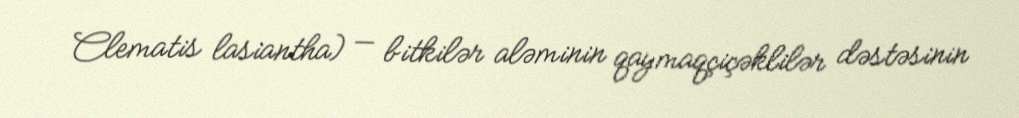
Clematis lasiantha) — bitkilər aləminin qaymaqçiçəklilər dəstəsinin